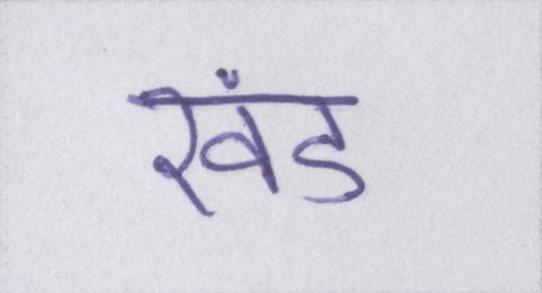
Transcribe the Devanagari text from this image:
खंड